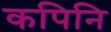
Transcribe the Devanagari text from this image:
कपिनि